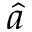
\hat { a }